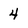
Character: 4